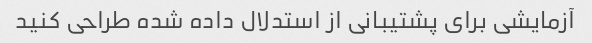
آزمایشی برای پشتیبانی از استدلال داده شده طراحی کنید